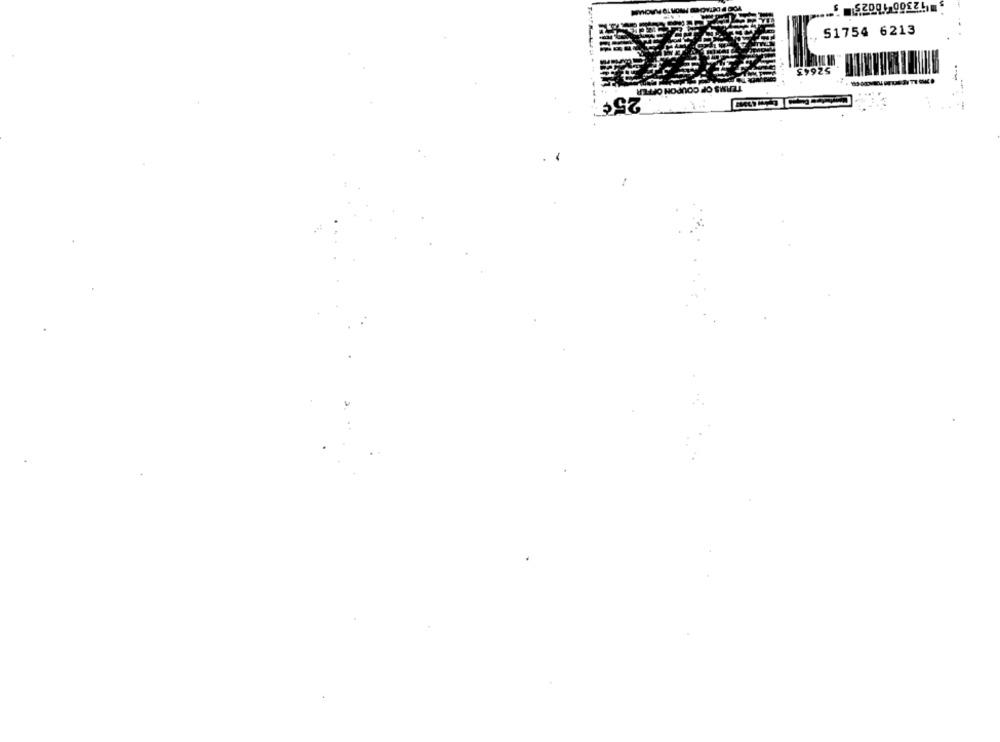
$2001 0082
51754 6213
52643
25¢